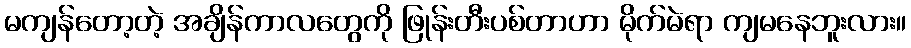
မကျန်တော့တဲ့ အချိန်ကာလတွေကို ဖြုန်းတီးပစ်တာဟာ မိုက်မဲရာ ကျမနေဘူးလား။